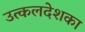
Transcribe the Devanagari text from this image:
उत्कलदेशका